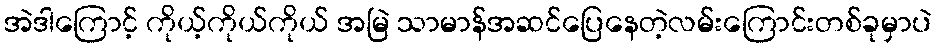
အဲဒါကြောင့် ကိုယ့်ကိုယ်ကိုယ် အမြဲ သာမာန်အဆင်ပြေနေတဲ့လမ်းကြောင်းတစ်ခုမှာပဲ